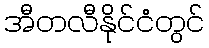
အီတလီနိုင်ငံတွင်